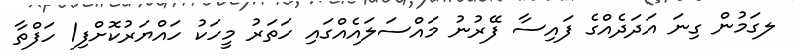
ލގަމުން ގިނަ އަދަދެއްގެ ފައިސާ ފޭރުނު މައްސަލައެއްގައި ހަތަރު މީހަކު ހައްޔަރުކޮށްފި1 ހަފްތާ